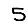
Digit: 5